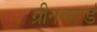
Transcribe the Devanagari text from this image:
ग्रीनवर्ल्ड